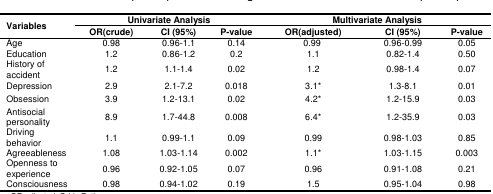
<table><thead><tr><td rowspan="2"><b>Variables</b></td><td colspan="3"><b>Univariate Analysis</b></td><td colspan="3"><b>Multivariate Analysis</b></td></tr><tr><td><b>OR(crude)</b></td><td><b>CI (95%)</b></td><td><b>P-value</b></td><td><b>OR(adjusted)</b></td><td><b>CI (95%)</b></td><td><b>P-value</b></td></tr></thead><tbody><tr><td>Age</td><td>0.98</td><td>0.96-1.1</td><td>0.14</td><td>0.99<sup>*</sup></td><td>0.96-0.99</td><td>0.05</td></tr><tr><td>Education </td><td>1.2</td><td>0.86-1.2</td><td>0.2</td><td>1.1</td><td>0.82-1.4</td><td>0.50</td></tr><tr><td>History of accident</td><td>1.2</td><td>1.1-1.4</td><td>0.02</td><td>1.2</td><td>0.98-1.4</td><td>0.07</td></tr><tr><td>Depression</td><td>2.9</td><td>2.1-7.2</td><td>0.018</td><td>3.1*</td><td>1.3-8.1</td><td>0.01</td></tr><tr><td>Obsession</td><td>3.9</td><td>1.2-13.1</td><td>0.02</td><td>4.2*</td><td>1.2-15.9</td><td>0.03</td></tr><tr><td>Antisocial personality</td><td>8.9</td><td>1.7-44.8</td><td>0.008</td><td>6.4*</td><td>1.2-35.9</td><td>0.03</td></tr><tr><td>Driving behavior</td><td>1.1</td><td>0.99-1.1</td><td>0.09</td><td>0.99</td><td>0.98-1.03</td><td>0.85</td></tr><tr><td>Agreeableness</td><td>1.08</td><td>1.03-1.14</td><td>0.002</td><td>1.1*</td><td>1.03-1.15</td><td>0.003</td></tr><tr><td>Openness to experience</td><td>0.96</td><td>0.92-1.05</td><td>0.07</td><td>0.96</td><td>0.91-1.08</td><td>0.21</td></tr><tr><td>Consciousness</td><td>0.98</td><td>0.94-1.02</td><td>0.19</td><td>1.5</td><td>0.95-1.04</td><td>0.98</td></tr></tbody></table>